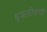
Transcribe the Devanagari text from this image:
इकतीसवीं